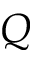
Q